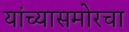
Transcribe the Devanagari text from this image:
यांच्यासमोरचा